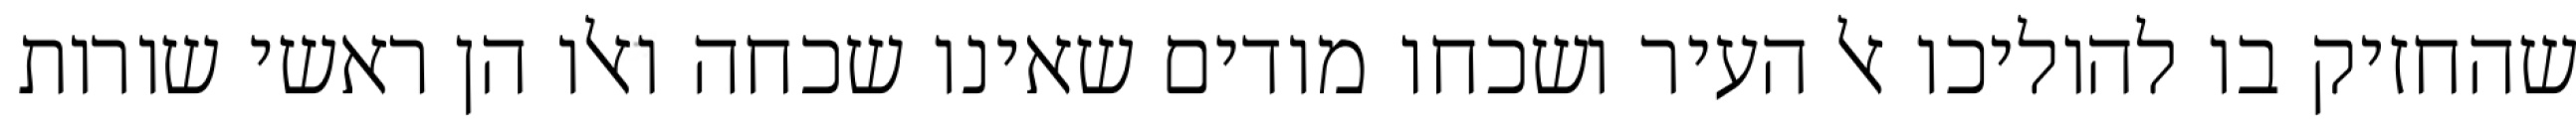
שהחזיק בו להוליכו אל העיר ושכחו מודים שאינו שכחה ואלו הן ראשי שורות